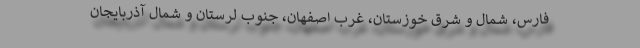
فارس، شمال و شرق خوزستان، غرب اصفهان، جنوب لرستان و شمال آذربایجان